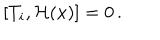
[ T _ { i } , { \cal H } ( x ) ] = 0 \, .